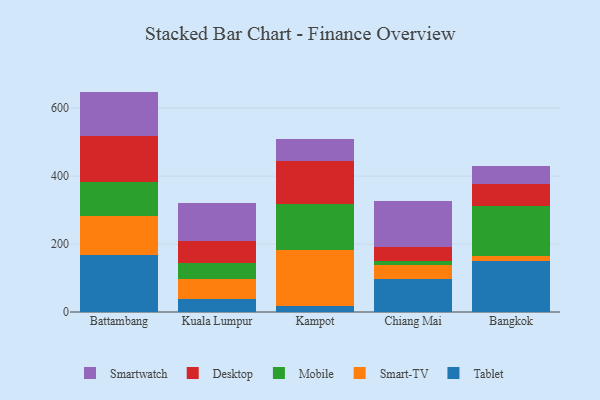
{"axis": {"x": "City", "y": "Bounce Rate (%)"}, "legend": ["Desktop", "Mobile", "Smart-TV", "Smartwatch", "Tablet"], "data": [{"x": "Battambang", "y": 168.0, "type": "Tablet"}, {"x": "Battambang", "y": 115.1, "type": "Smart-TV"}, {"x": "Battambang", "y": 99.5, "type": "Mobile"}, {"x": "Battambang", "y": 136.3, "type": "Desktop"}, {"x": "Battambang", "y": 129.8, "type": "Smartwatch"}, {"x": "Kuala Lumpur", "y": 37.6, "type": "Tablet"}, {"x": "Kuala Lumpur", "y": 61.0, "type": "Smart-TV"}, {"x": "Kuala Lumpur", "y": 44.6, "type": "Mobile"}, {"x": "Kuala Lumpur", "y": 65.9, "type": "Desktop"}, {"x": "Kuala Lumpur", "y": 111.4, "type": "Smartwatch"}, {"x": "Kampot", "y": 16.5, "type": "Tablet"}, {"x": "Kampot", "y": 167.2, "type": "Smart-TV"}, {"x": "Kampot", "y": 134.0, "type": "Mobile"}, {"x": "Kampot", "y": 125.7, "type": "Desktop"}, {"x": "Kampot", "y": 65.4, "type": "Smartwatch"}, {"x": "Chiang Mai", "y": 97.8, "type": "Tablet"}, {"x": "Chiang Mai", "y": 41.8, "type": "Smart-TV"}, {"x": "Chiang Mai", "y": 11.1, "type": "Mobile"}, {"x": "Chiang Mai", "y": 42.0, "type": "Desktop"}, {"x": "Chiang Mai", "y": 132.6, "type": "Smartwatch"}, {"x": "Bangkok", "y": 151.2, "type": "Tablet"}, {"x": "Bangkok", "y": 13.7, "type": "Smart-TV"}, {"x": "Bangkok", "y": 146.5, "type": "Mobile"}, {"x": "Bangkok", "y": 65.3, "type": "Desktop"}, {"x": "Bangkok", "y": 52.2, "type": "Smartwatch"}]}